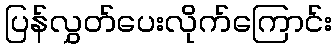
ပြန်လွှတ်ပေးလိုက်ကြောင်း